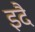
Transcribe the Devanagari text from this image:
इदै